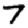
Digit: 7